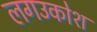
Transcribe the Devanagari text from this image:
लगउकोश